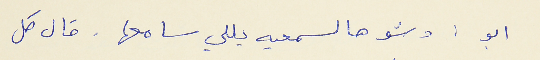
ابو : وشو هالسمعيه يللي سامعها . قال كل